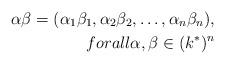
LaTeX: \begin{align*}\alpha\beta=(\alpha_1\beta_1,\alpha_2\beta_2,\dots,\alpha_n\beta_n),\\forall \alpha,\beta\in (k^*)^n\end{align*}